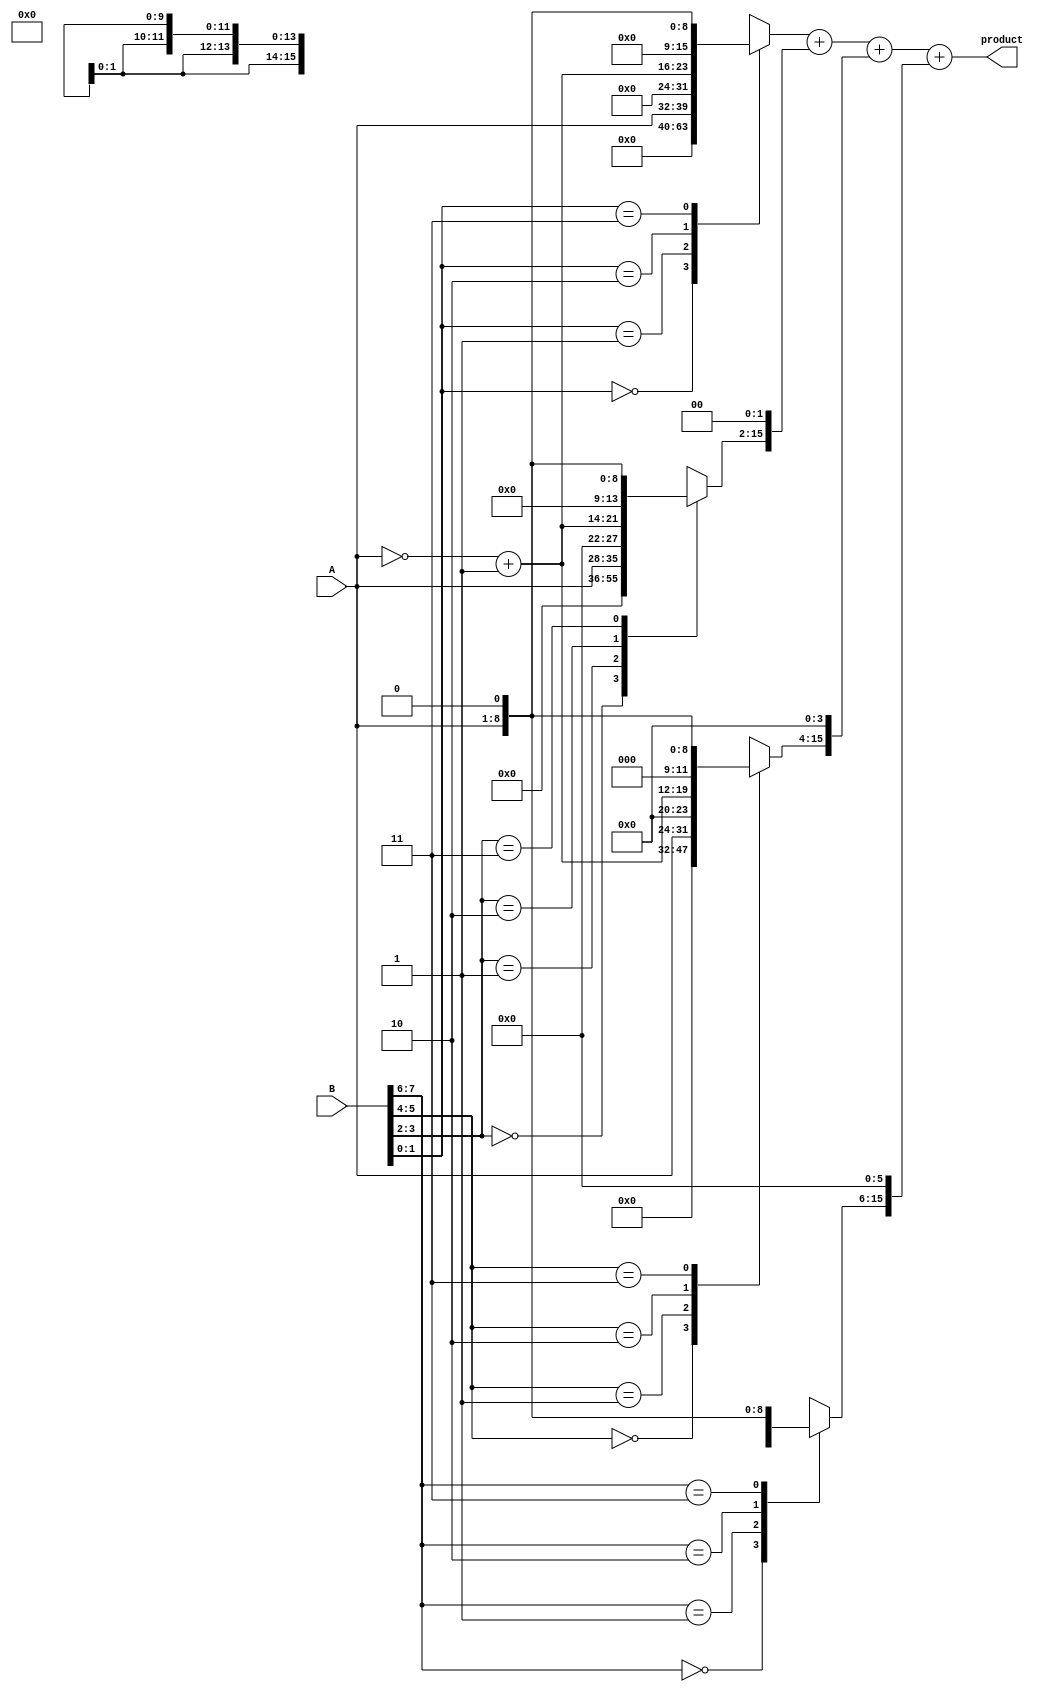
module radix4_multiplier (
    input [7:0] A,     // 8-bit multiplicand
    input [7:0] B,     // 8-bit multiplier
    output reg [15:0] product // 16-bit product
);

    reg [15:0] PP[3:0]; // Partial products
    reg [7:0] B_reg;     // Register to hold multiplier B
    reg [1:0] Booth_bits; // To store the last two bits of the multiplier
    integer i;
    
    always @(*) begin
        product = 16'b0; // Initialize product to zero
        B_reg = B;       // Copy multiplier
        
        // Initialize Booth encoding bits
        Booth_bits = 2'b00; // Initially, both bits are 0
        
        for (i = 0; i < 8; i = i + 2) begin
            // Get the current 2 bits and previous 2 bits
            Booth_bits = {B_reg[i+1], B_reg[i]};
            case (Booth_bits)
                2'b00: PP[i/2] = 16'b0;               // No partial product
                2'b01: PP[i/2] = {8'b0, A};           // Partial product A
                2'b10: PP[i/2] = {8'b0, ~A + 1'b1};   // Partial product -A (two's complement)
                2'b11: PP[i/2] = {9'b0, A} << 1;      // Partial product 2A (left shift A)
                default: PP[i/2] = 16'b0;             // Should not occur
            endcase
            
            // Shift the partial product according to position
            if (i > 0) begin
                PP[i/2] = PP[i/2] << (i); // Shift left based on position
            end
        end
        
        // Accumulate the partial products
        product = PP[0] + PP[1] + PP[2] + PP[3]; // Simple addition
    end
endmodule